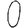
Digit: 0